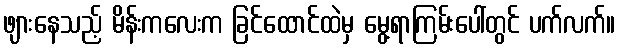
ဖျားနေသည့် မိန်းကလေးက ခြင်ထောင်ထဲမှ မွေ့ရာကြမ်းပေါ်တွင် ပက်လက်။